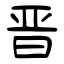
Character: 晋